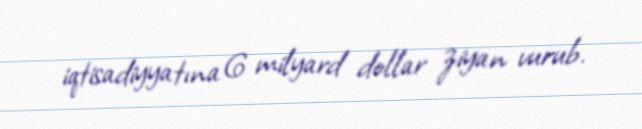
iqtisadiyyatına 6 milyard dollar ziyan vurub.